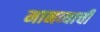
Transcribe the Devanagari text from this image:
मानव्याची